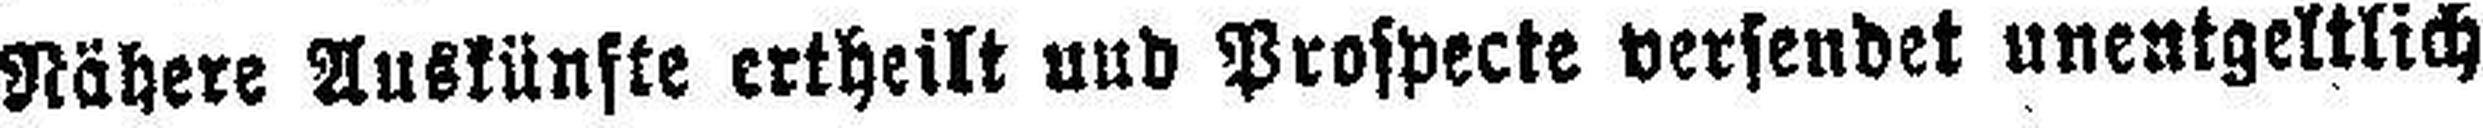
Nähere Auskünfte ertheilt und Prospecte versendet unentgeltlich